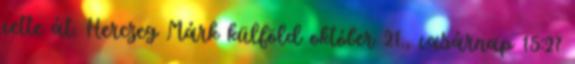
vette át. Herczeg Márk külföld október 21., vasárnap 15:27